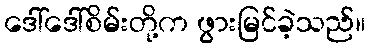
ဒေါ်ဒေါ်စိမ်းတို့က ဖွားမြင်ခဲ့သည်။